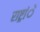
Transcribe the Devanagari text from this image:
राष्ट्रांे